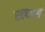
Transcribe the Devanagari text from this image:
एल्टबर्ग